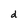
Character: d